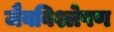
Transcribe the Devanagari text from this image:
जैवविश्लेषण